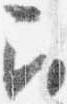
召